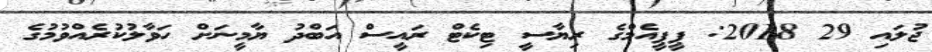
ޖުލައި 29 2018: ޕީޕީއެމްގެ ރިޔާސީ ޓިކެޓް ރައީސް އަބްދު ޔާމީނަށް ހަވާލުކުރެއްވުމުގެ